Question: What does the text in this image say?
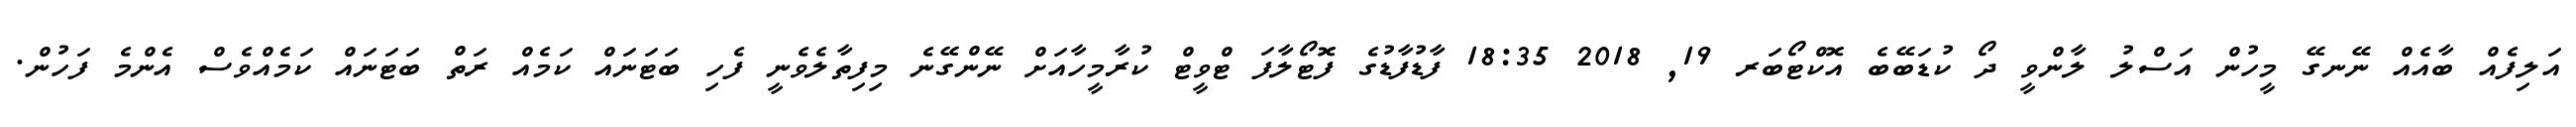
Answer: އަލިފެއް ބާއެއް ނޭނގޭ މީހުން އަސްލު ލާންވީ ދޯ ކުޑަބޭބެ އޮކްޓޯބަރ 19, 2018 18:35 ފާޑުފާޑުގެ ފޮޓޯލާފަ ޓްވީޓް ކުރާމީހާއަށް ނޭންގޭނެ މިފިތާލެވެނީ ފެހި ބަޓަނައް ކަމެއް ރަތް ބަޓަނައް ކަމެއްވެސް އެންމެ ފަހުން.